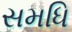
સમધિ